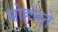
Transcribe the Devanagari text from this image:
मोहाले